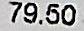
79.50